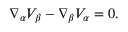
\nabla _ { \alpha } V _ { \beta } - \nabla _ { \beta } V _ { \alpha } = 0 .